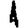
Digit: 1